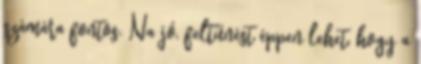
számára fontos. Na jó, feltűnést éppen lehet, hogy a